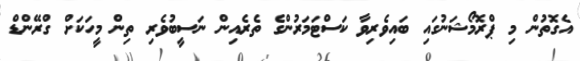
އެގޮތުން މި ޕްރޮމޯޝަނުގައި ބައިވެރިވާ ކަސްޓަމަރުންގެ ތެރެއިން ނަސީބުވެރި ތިން މީހަކަށް ގްރޭންޑް